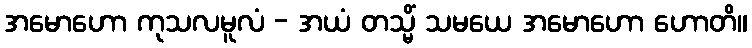
အမောဟော ကုသလမူလံ - အယံ တသ္မိံ သမယေ အမောဟော ဟောတိ။